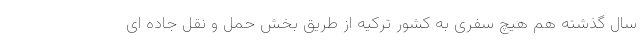
سال گذشته هم هیچ سفری به کشور ترکیه از طریق بخش حمل و نقل جاده ای